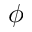
\phi